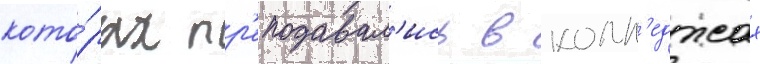
кото́рых пр'еподавал'ись в колл'еджах